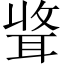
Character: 𫆃